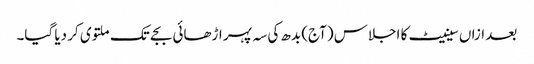
بعد ازاں سینیٹ کا اجلاس (آج) بدھ کی سہ پہر اڑھائی بجے تک ملتوی کر دیا گیا۔